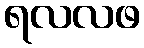
ရလလဖ